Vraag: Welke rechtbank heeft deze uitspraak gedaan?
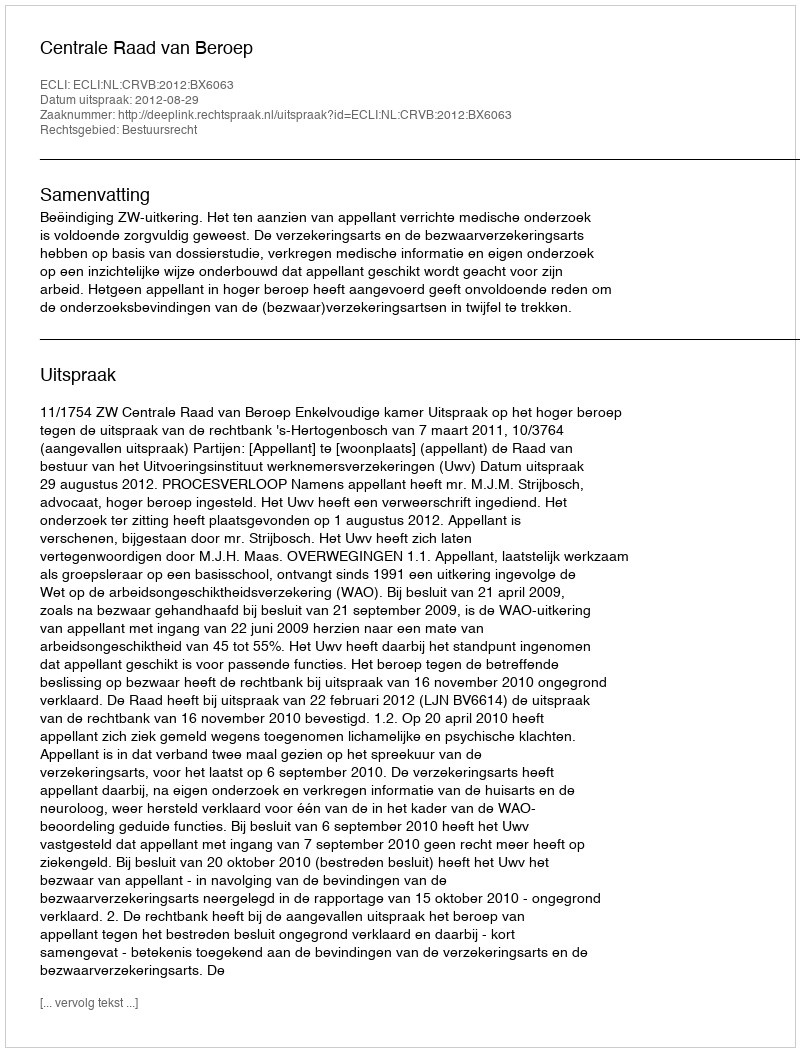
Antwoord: Centrale Raad van Beroep